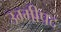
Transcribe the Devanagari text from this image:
उम्मीपद